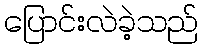
ပြောင်းလဲခဲ့သည်